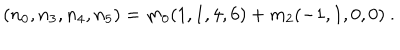
( n _ { 0 } , n _ { 3 } , n _ { 4 } , n _ { 5 } ) = m _ { 0 } ( 1 , 1 , 4 , 6 ) + m _ { 2 } ( - 1 , 1 , 0 , 0 ) \ .